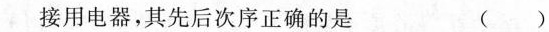
接用电器，其先后次序正确的是 ()